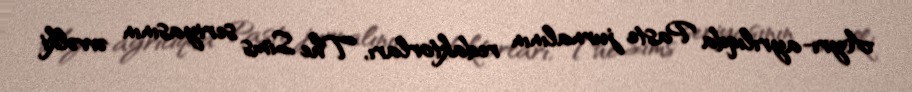
Ayrı-ayrılıqda Paste jurnalının redaktorları, The Sims seriyasının əvvəlki